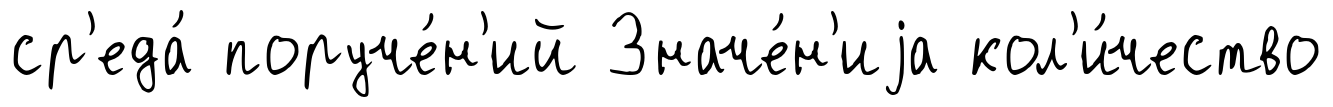
ср'еда́ поруче́н'ий Значе́н'иjа кол'и́чество